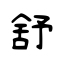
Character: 舒